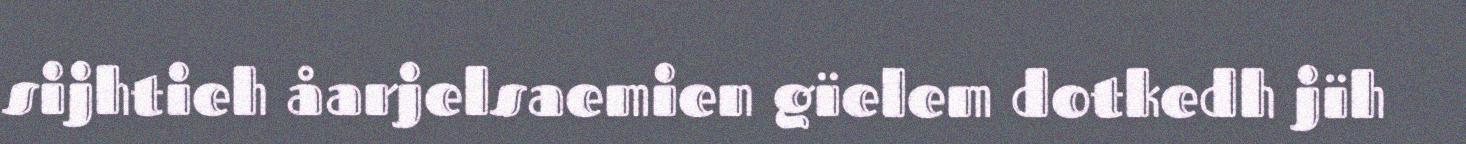
sijhtieh åarjelsaemien gïelem dotkedh jïh